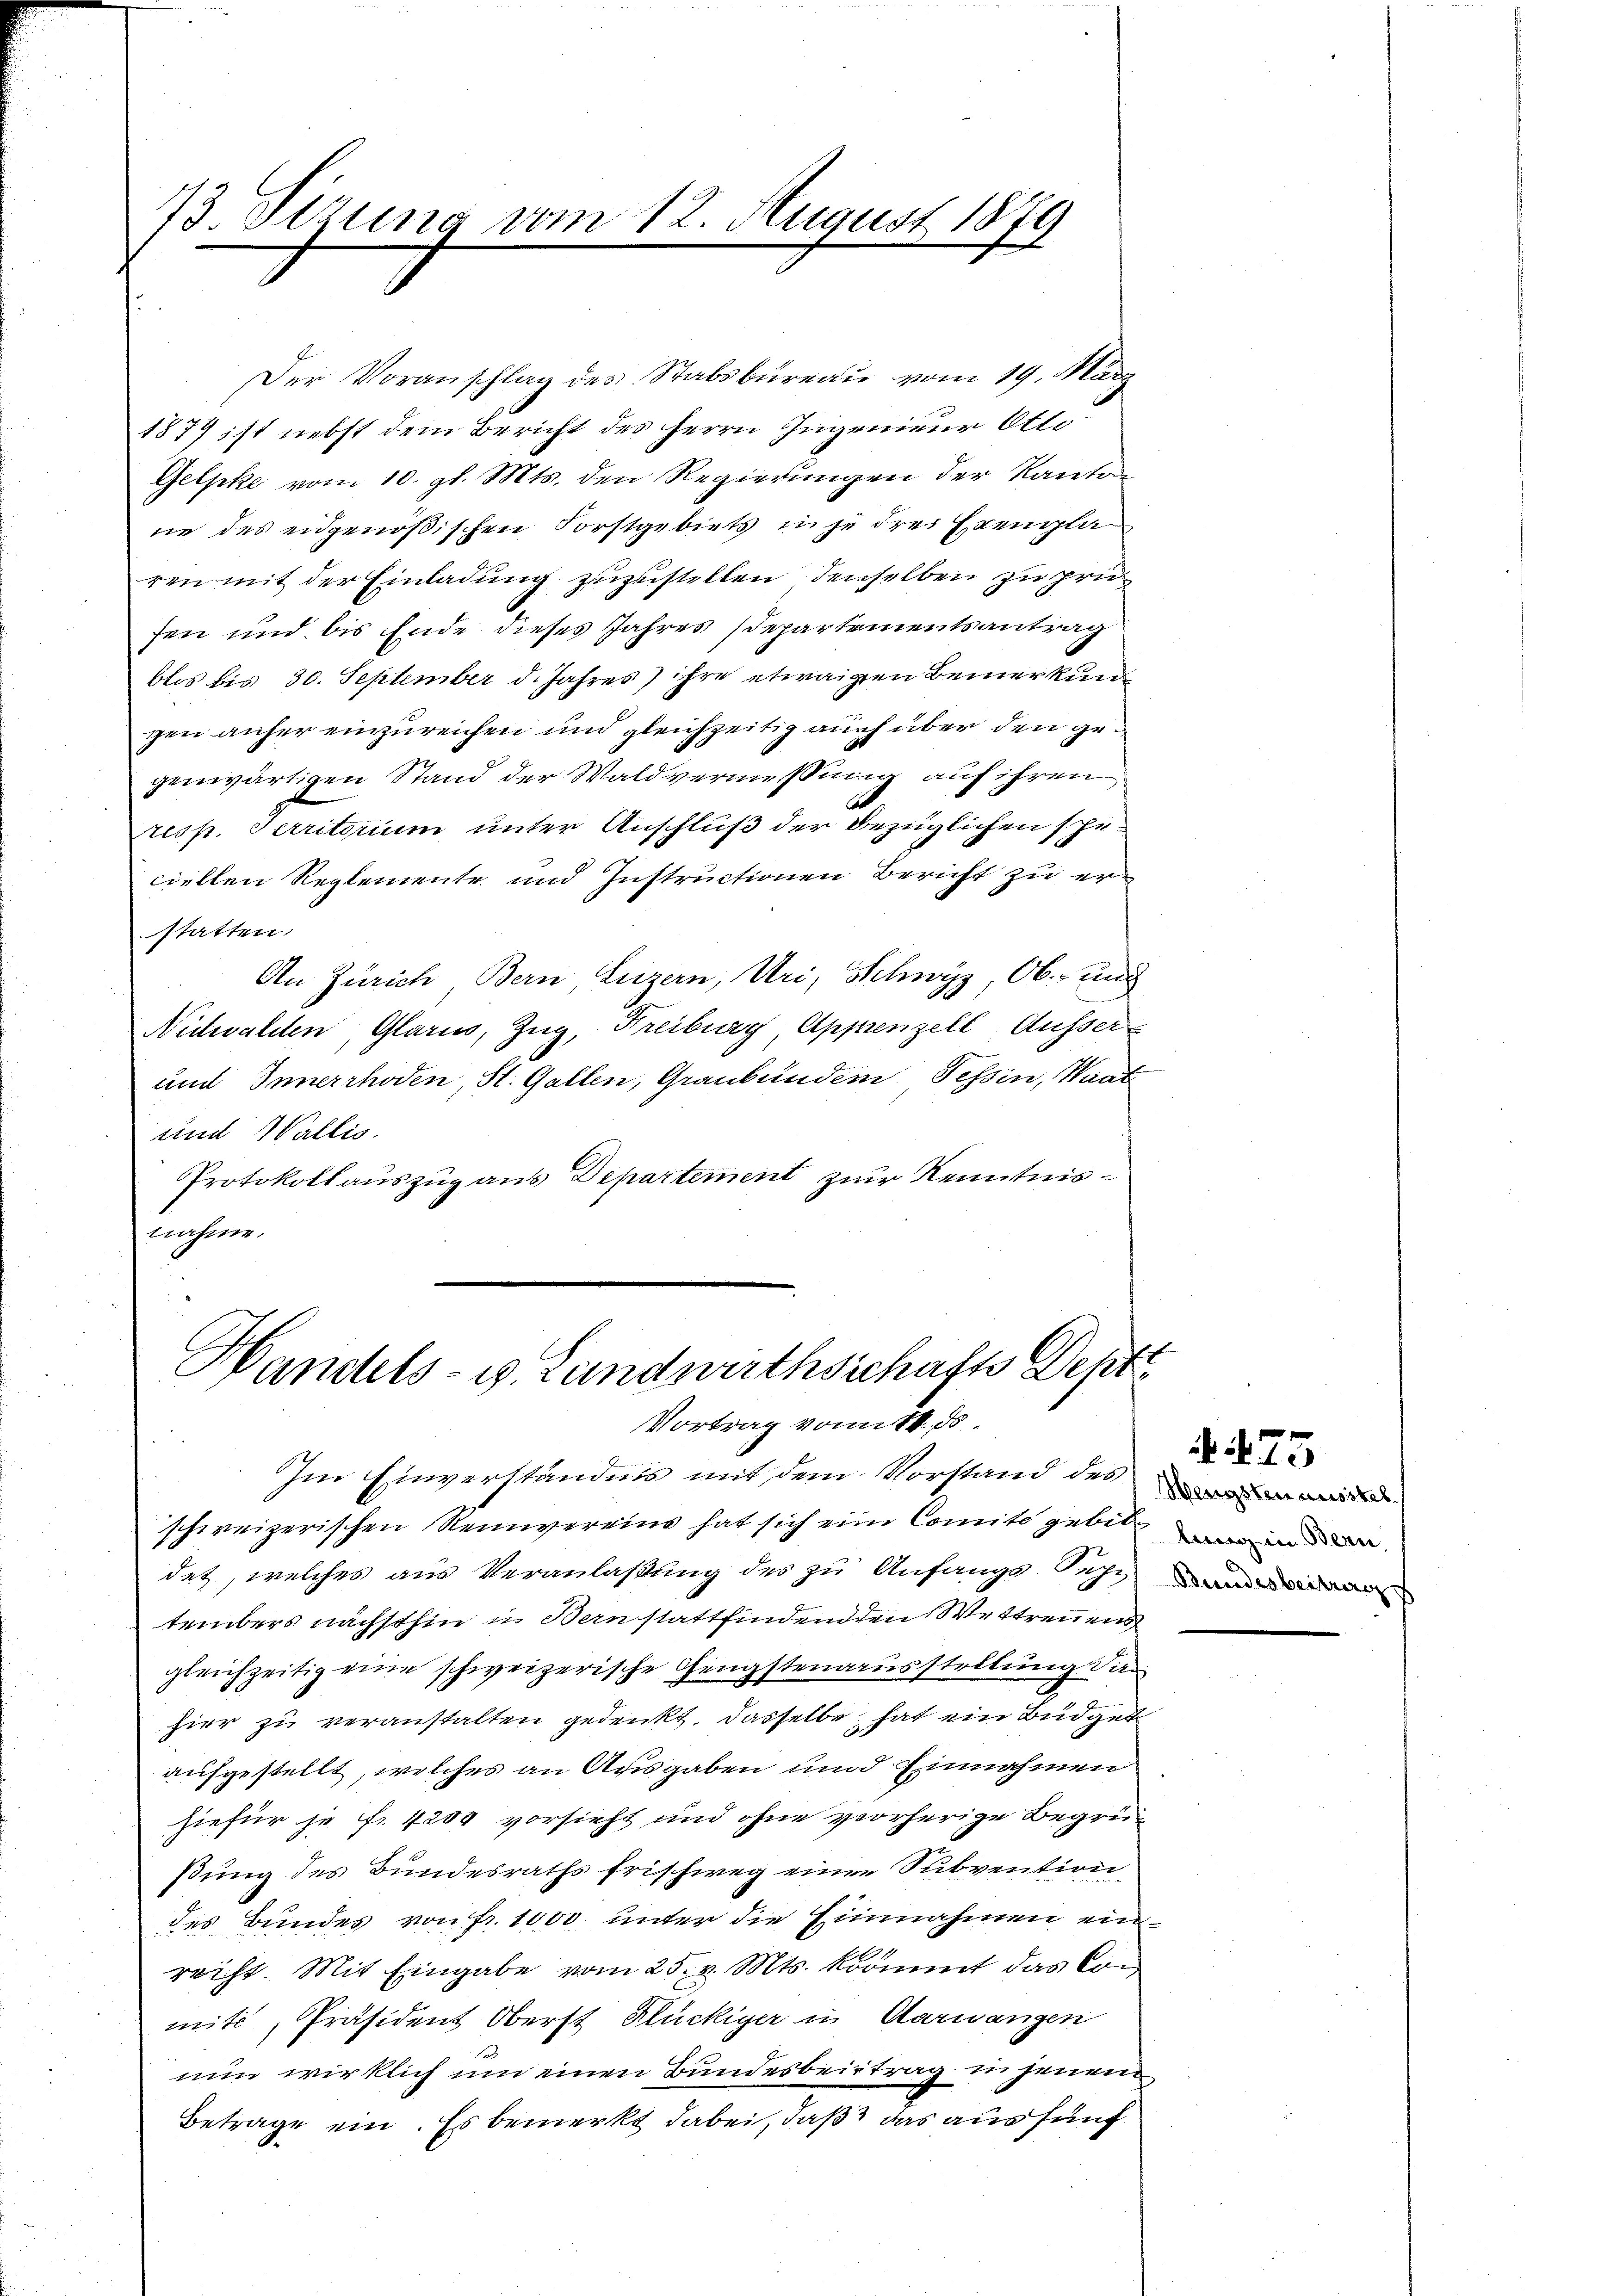
73 Sizung vom 12. August 1879

Der Voranschlag des Stabsbureau vom 19. März
1877 ist nebst dem Bericht des Herrn Ingenieur Otto
Gelpke vom 10. gl. Mts. den Regierungen der Kanton
ne des eidgenößischen Forstgebiets in je drei Exengla
ren mit der Einladung zuzustellen denselben zu prüsen und bis Ende dieses Jahres Departementsantrag
blos bis 30. September d. Jahres ihre etwaigen Bemerkung
gen anher einzureichen und gleichzeitig auch über den gegenwärtigen Stand der Waldvermessung auf ihren
resp. Territorium unter Anschluß der bezüglichen scheciellen Reglemente und Instructionen Bericht zu erstatten.
An Zürich Bern, Luzern, Uri, Schwyz, Ob- und
Nidwalden, Glarus, Zug, Freiburg, Appenzell Ausser
und Innerrhoden, St. Gallen, Graubünden Tessin, Waat
und Wallis.
Protokollauszug aus Departement zur Kenntnisnahme.

Handels- u. Landwirthsschafts Depti
Vortrag vom 14. ds.

Im Einverständnis mit dem Vorstand des de
schweizerischen Reinvereins hat sich eine Comite gebit in der
det, welches aus Veranlaßung des zu Anfangs-Secr
tembers nächsthin u. Bern stattfindenden Wettrennens
gleichzeitig eine schweizerische Gengstenausstellung dan
hier zu veranstalten gedenkt, dasselbe hat ein Büdget
aufgestellt, welches an Ausgaben und Einnahmen
hiefür je fr. 4204 vorsieht und ohne vorherige Begrei-
ßung des Bundesraths Frischweg einen Subvention
des Bundes von Fr. 1000 unter die Einnahmen einreiht. Mit Eingabe vom 25. v. Mts. kommt das Con
mit, Präsident Oberst Flückiger in Aarwangen
nun wirklich um einen Bundesbeitrag in jenem
Betrage ein. Es bemerkt dabei, daß das aus fünf

Berendesbeitrag

445